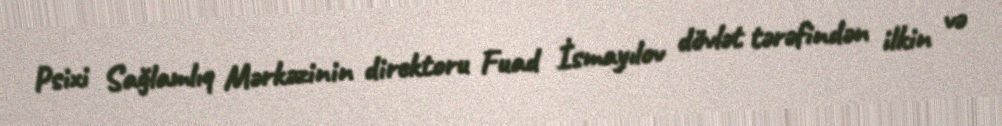
Psixi Sağlamlıq Mərkəzinin direktoru Fuad İsmayılov dövlət tərəfindən ilkin və